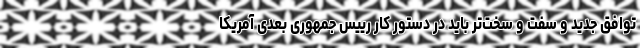
توافق جدید و سفت و سخت‌تر باید در دستور کار رییس جمهوری بعدی آمریکا